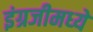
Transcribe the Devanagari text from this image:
इंग्रजीमध्‍ये